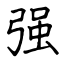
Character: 强